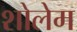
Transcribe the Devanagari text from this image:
शोलेम